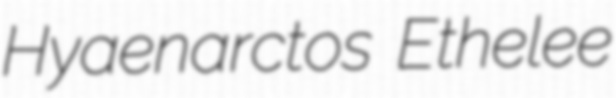
Hyaenarctos Ethelee